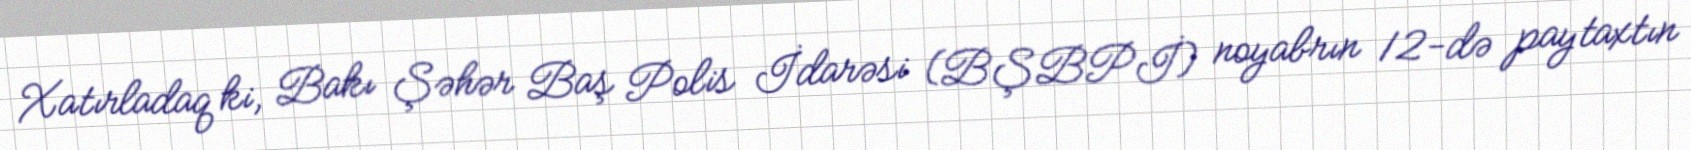
Xatırladaq ki, Bakı Şəhər Baş Polis İdarəsi (BŞBPİ) noyabrın 12-də paytaxtın